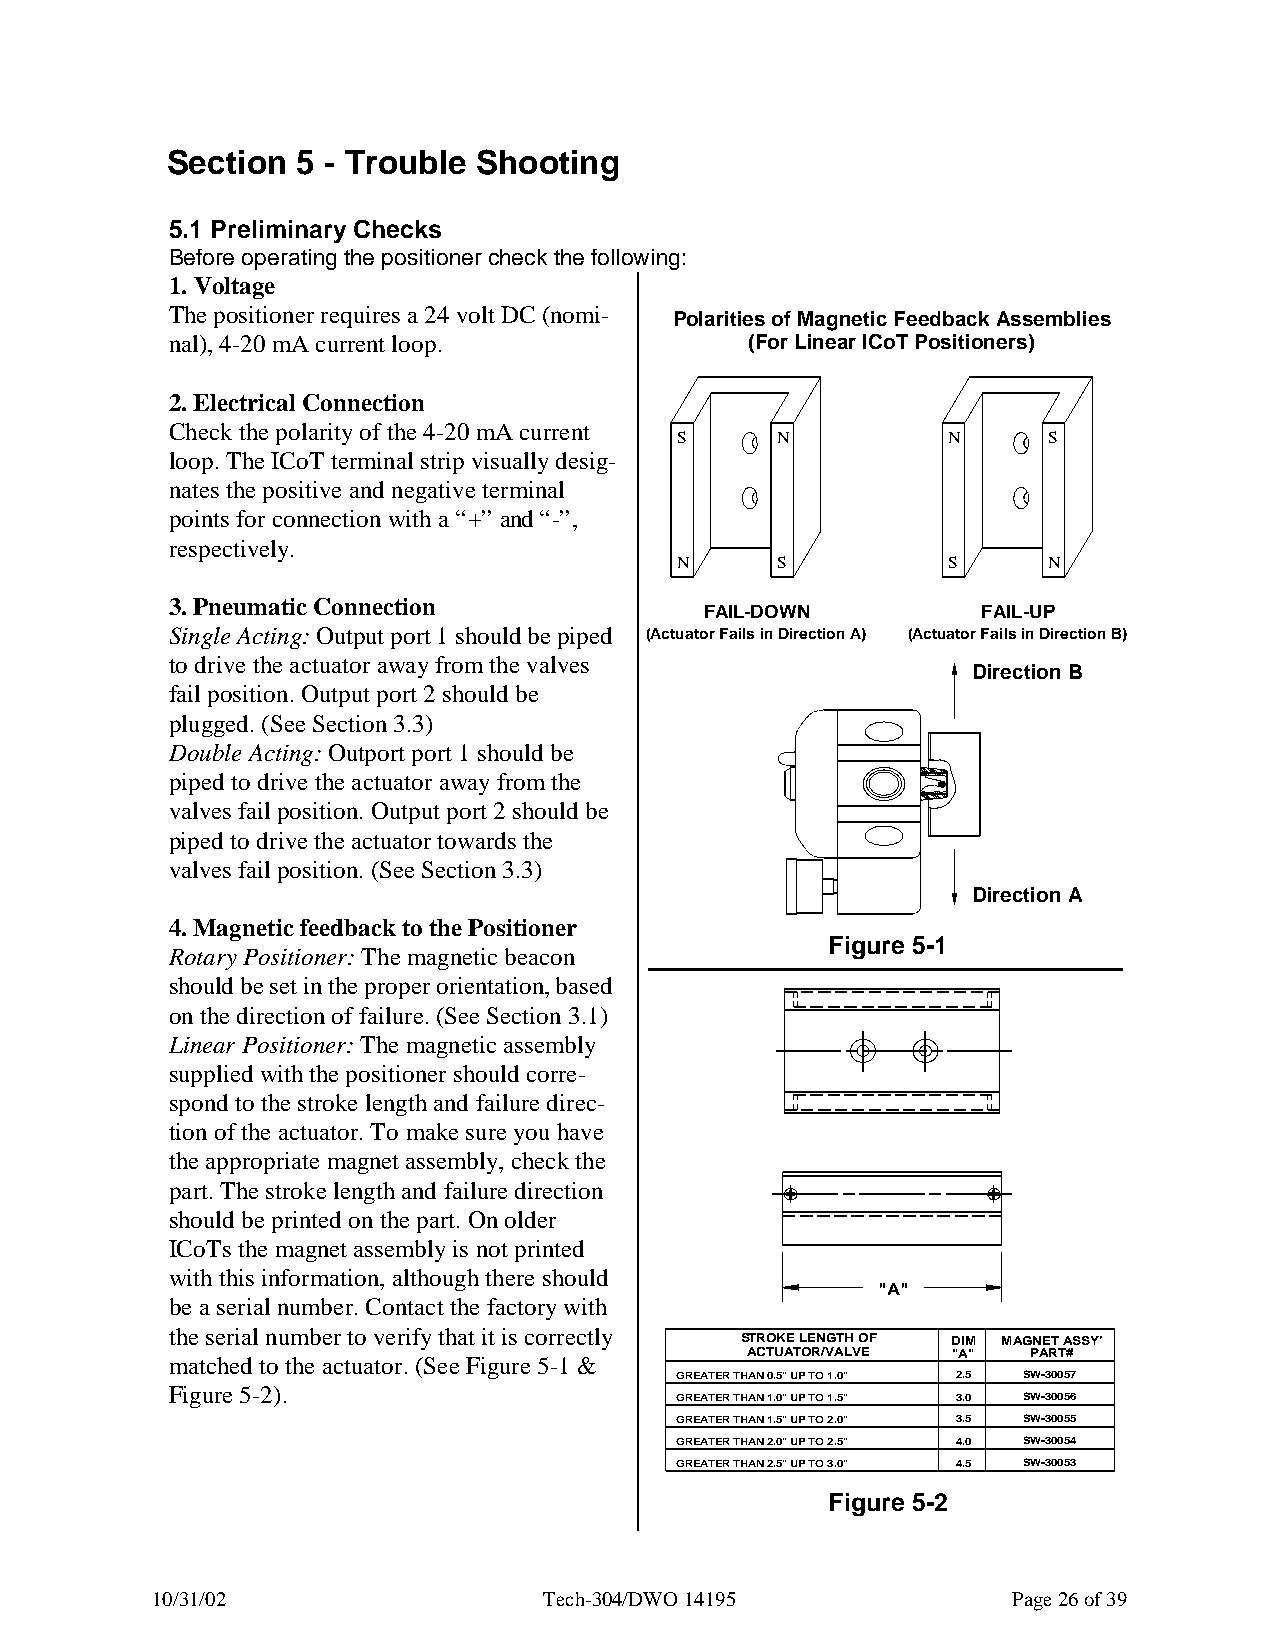
Section  5 - Trouble Shooting
 5.1 Preliminary Checks
 Before operating the positioner check the following:
 1. Voltage
 The positioner requires a 24 volt DC (nomi-
 Polarities of Magnetic Feedback Assemblies
 nal), 4-20 mA current loop.            (For Linear ICoT Positioners)
 2. Electrical Connection
 Check the polarity of the 4-20 mA current
 S     N           N     S
 loop. The ICoT terminal strip visually desig-
 nates the positive and negative terminal
 points for connection with a “+” and “-”,
 respectively.
 N     S           S     N
 3. Pneumatic Connection
 FAIL-DOWN         FAIL-UP
 Single Acting: Output port 1 should be piped (Actuator Fails in Direction A) (Actuator Fails in Direction B)
 to drive the actuator away from the valves
 Direction B
 fail position. Output port 2 should be
 plugged. (See Section 3.3)
 Double Acting: Outport port 1 should be
 piped to drive the actuator away from the
 valves fail position. Output port 2 should be
 piped to drive the actuator towards the
 valves fail position. (See Section 3.3)
 Direction A
 4. Magnetic feedback to the Positioner
 Figure 5-1
 Rotary Positioner: The magnetic beacon
 should be set in the proper orientation, based
 on the direction of failure. (See Section 3.1)
 Linear Positioner: The magnetic assembly
 supplied with the positioner should corre-
 spond to the stroke length and failure direc-
 tion of the actuator. To make sure you have
 the appropriate magnet assembly, check the
 part. The stroke length and failure direction
 should be printed on the part. On older
 ICoTs the magnet assembly is not printed
 with this information, although there should
 "A"
 be a serial number. Contact the factory with
 the serial number to verify that it is correctly
 STROKE LENGTH OF DIM MAGNET ASSY'
 ACTUATOR/VALVE "A" PART#
 matched to the actuator. (See Figure 5-1 &
 GREATER THAN 0.5" UP TO 1.0" 2.5 SW-30057
 Figure 5-2).
 GREATER THAN 1.0" UP TO 1.5" 3.0 SW-30056
 GREATER THAN 1.5" UP TO 2.0" 3.5 SW-30055
 GREATER THAN 2.0" UP TO 2.5" 4.0 SW-30054
 GREATER THAN 2.5" UP TO 3.0" 4.5 SW-30053
 Figure 5-2
 10/31/02                  Tech-304/DWO 14195             Page 26 of 39